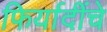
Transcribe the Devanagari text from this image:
फिर्यादींचे